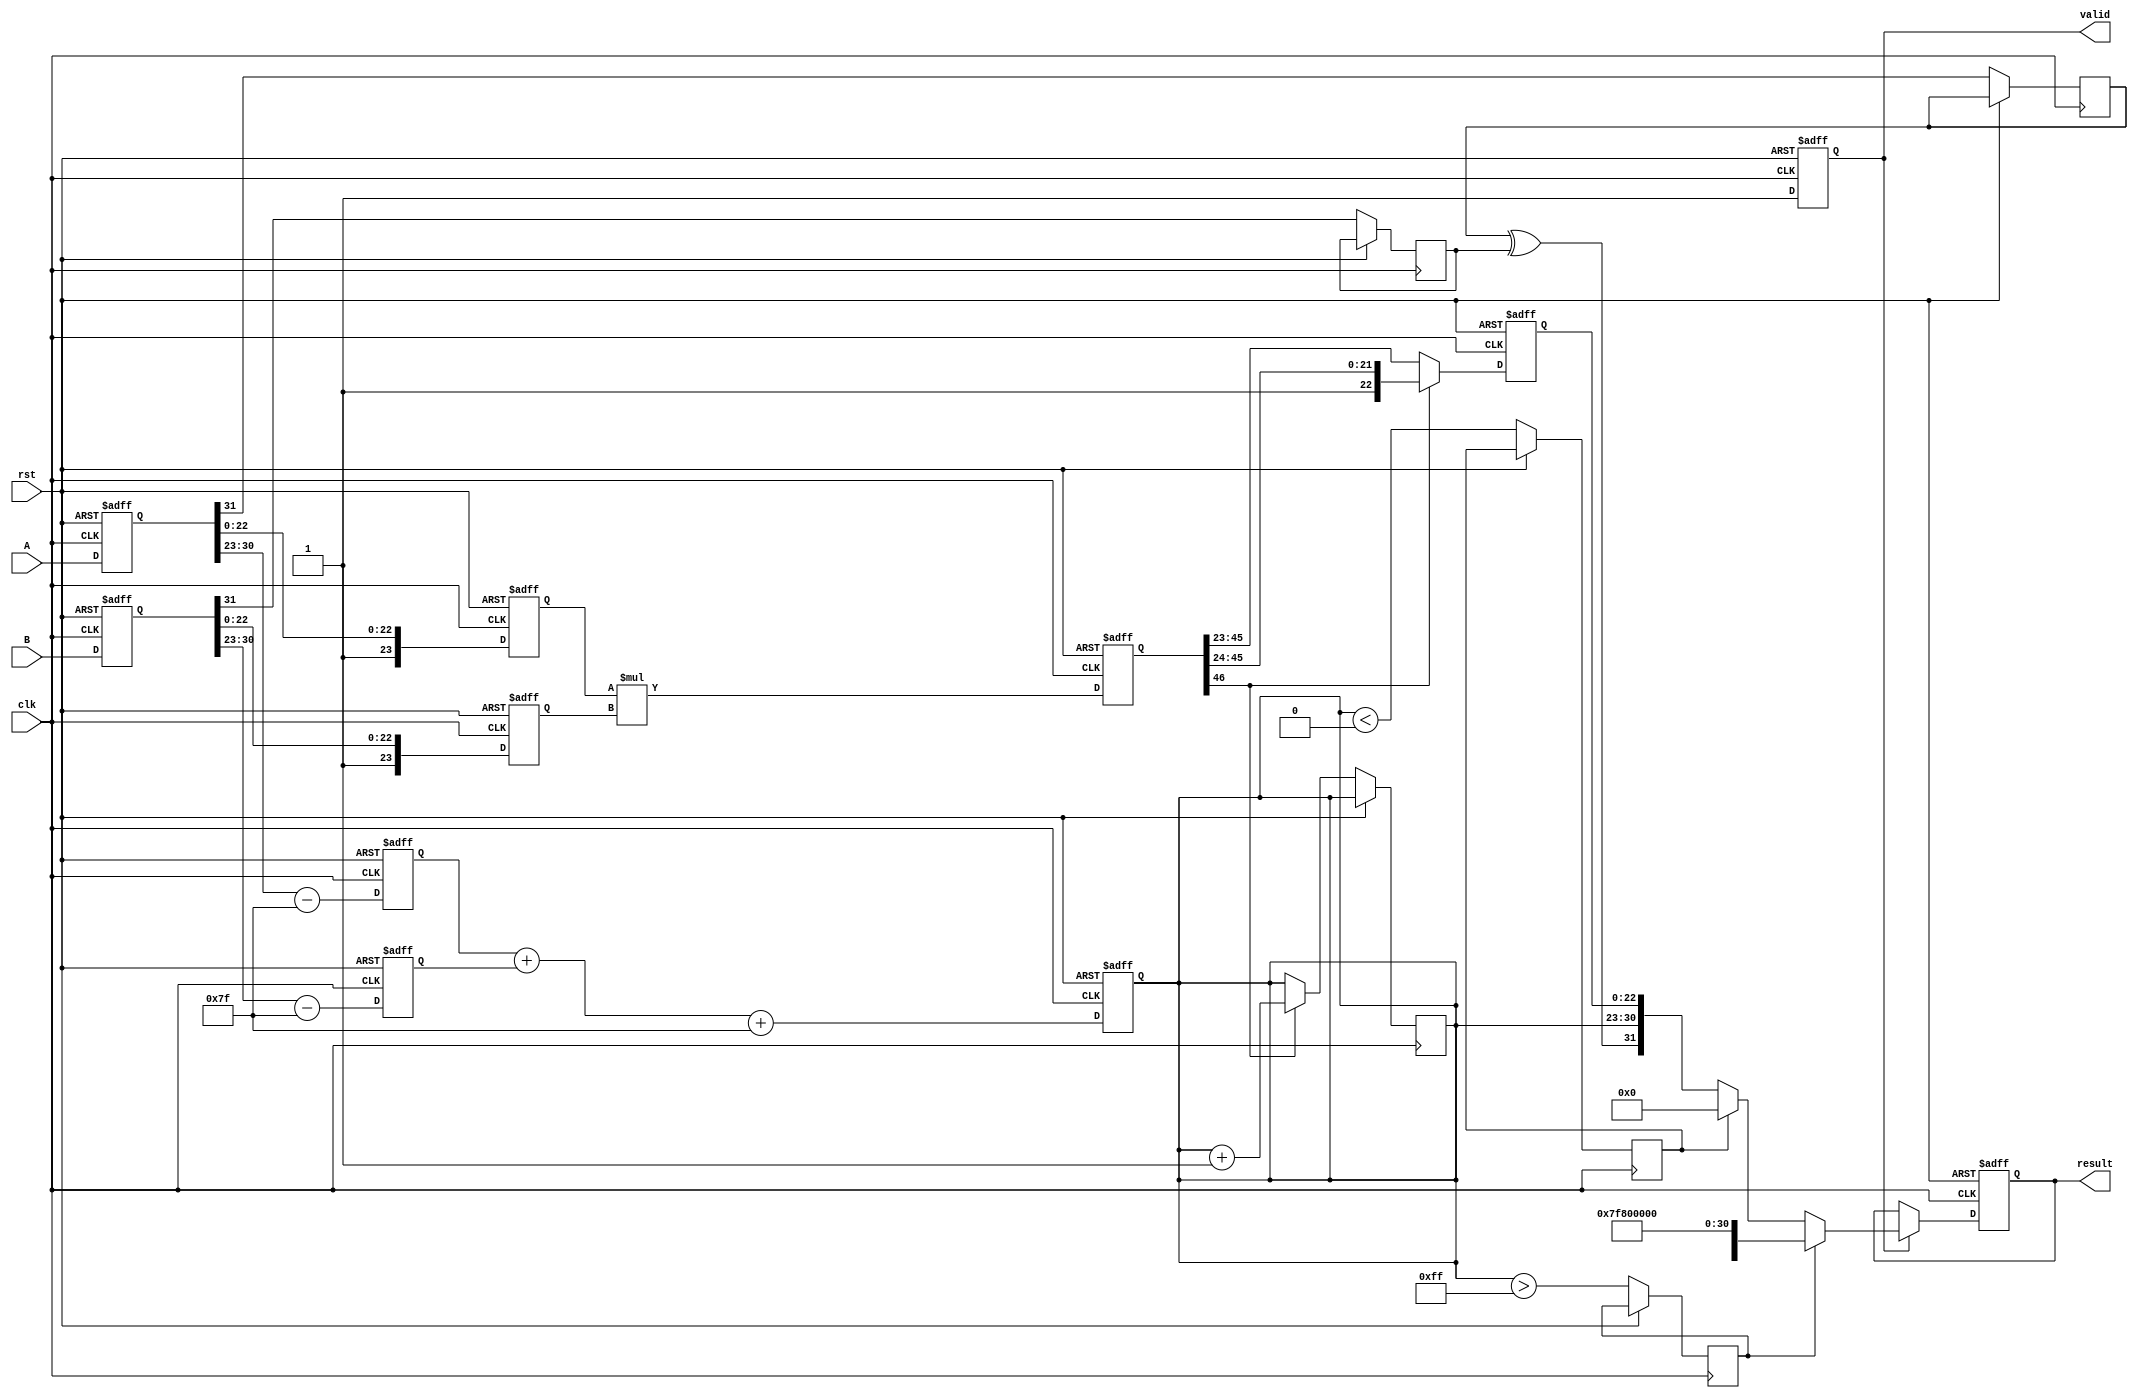
module pipelined_fp_multiplier (
    input clk,
    input rst,
    input [31:0] A,
    input [31:0] B,
    output reg [31:0] result,
    output reg valid
);

// Pipeline Stage Registers
reg [31:0] A_reg, B_reg;
reg [7:0] expA, expB, expR;
reg [23:0] mantA, mantB, mantR;
reg signA, signB, signR;
reg exp_overflow, exp_underflow;
reg [47:0] mant_product;  // 23 + 23 = 46 bits, one extra for carry

// Bias for exponent
parameter BIAS = 8'd127;

// Stage 1: Input Stage
always @(posedge clk or posedge rst) begin
    if (rst) begin
        A_reg <= 0;
        B_reg <= 0;
        valid <= 0;
    end else begin
        A_reg <= A;
        B_reg <= B;
        valid <= 1;
    end
end

// Stage 2: Normalization Stage
always @(posedge clk or posedge rst) begin
    if (rst) begin
        expA <= 0;
        expB <= 0;
        mantA <= 0;
        mantB <= 0;
    end else begin
        // Extract sign, exponent, and mantissa
        signA <= A_reg[31];
        expA <= A_reg[30:23] - BIAS;  // Adjust exponent
        mantA <= {1'b1, A_reg[22:0]}; // Implicit leading 1
        
        signB <= B_reg[31];
        expB <= B_reg[30:23] - BIAS;  // Adjust exponent
        mantB <= {1'b1, B_reg[22:0]}; // Implicit leading 1
    end
end

// Stage 3: Exponent Calculation Stage
always @(posedge clk or posedge rst) begin
    if (rst) begin
        expR <= 0;
    end else begin
        expR <= expA + expB + BIAS; // Add exponents and apply bias
        exp_overflow <= (expR > 255); // Overflow check
        exp_underflow <= (expR < 0);   // Underflow check
    end
end

// Stage 4: Mantissa Multiplication Stage
always @(posedge clk or posedge rst) begin
    if (rst) begin
        mant_product <= 0;
    end else begin
        mant_product <= mantA * mantB; // Multiply mantissas
    end
end

// Stage 5: Normalization of Result Stage
always @(posedge clk or posedge rst) begin
    if (rst) begin
        mantR <= 0;
    end else begin
        // Normalize mantissa if necessary
        if (mant_product[46]) begin // Check for carry
            mantR <= mant_product[46:24]; // shift down
            expR <= expR + 1; // increment exponent for normalization
        end else begin
            mantR <= mant_product[45:23]; // normal case
        end
    end
end

// Stage 6: Output Stage
always @(posedge clk or posedge rst) begin
    if (rst) begin
        result <= 0;
    end else begin
        if (valid) begin
            // Handle special cases (NaN, infinity, etc.)
            if (exp_overflow) begin
                result <= {signR, 8'hFF, 23'b0}; // Infinity
            end else if (exp_underflow) begin
                result <= 32'b0; // Underflow to zero
            end else begin
                result <= {signA ^ signB, expR[7:0], mantR[22:0]}; // Final result
            end
        end
    end
end

endmodule